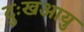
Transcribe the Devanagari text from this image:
दुःखआयु